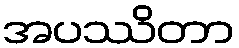
အပဿိတာ